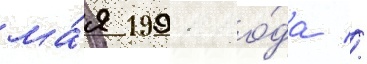
ма́я 1991 го́да //